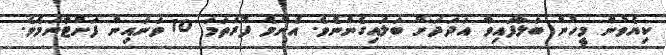
ކިޔެވުން މީހުން ބަލާފައިވާ އަދަދަށް ބަލައިގެންނެވެ. އެންމެ ފުރަތަމަ 10 ވަނައިން ފަށްޓާނަމެވެ.